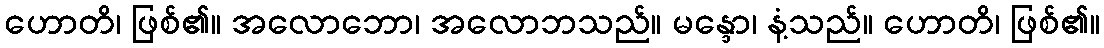
ဟောတိ၊ ဖြစ်၏။ အလောဘော၊ အလောဘသည်။ မန္ဒော၊ နံ့သည်။ ဟောတိ၊ ဖြစ်၏။